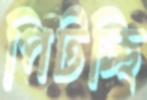
পিটচ্ছি